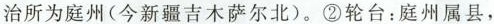
治所为庭州(今新疆吉木萨尔北)。②轮台：庭州属县，